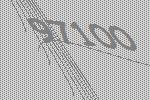
97100